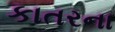
કાતરના